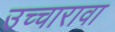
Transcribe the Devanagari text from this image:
उच्चारावा